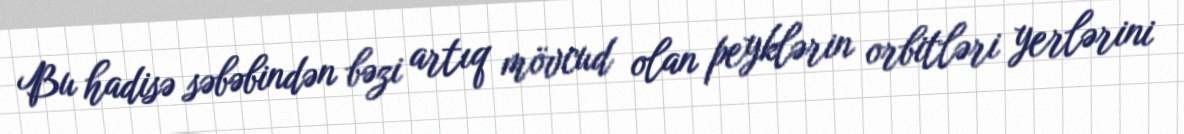
Bu hadisə səbəbindən bəzi artıq mövcud olan peyklərin orbitləri yerlərini